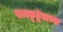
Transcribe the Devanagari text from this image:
राजकूटूंबाच्या